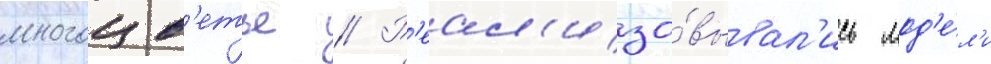
многоцв'етье // Р'еал'изо́вывал'ись мод'е́л'и